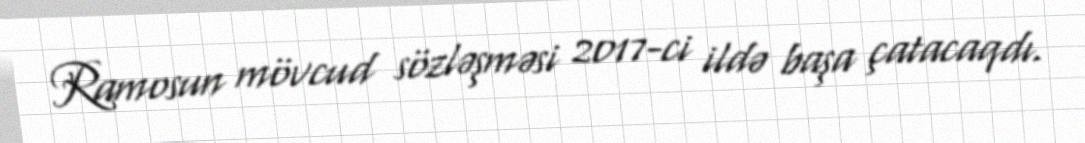
Ramosun mövcud sözləşməsi 2017-ci ildə başa çatacaqdı.